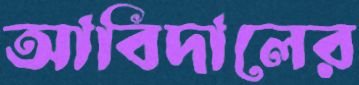
আবিদালের